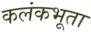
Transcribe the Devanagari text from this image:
कलंकभूता